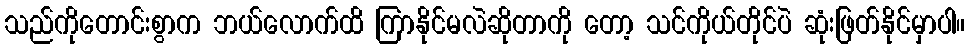
သည်ကိုတောင်းစွာက ဘယ်လောက်ထိ ကြာနိုင်မလဲဆိုတာကို တော့ သင်ကိုယ်တိုင်ပဲ ဆုံးဖြတ်နိုင်မှာပါ။